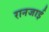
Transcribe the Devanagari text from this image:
रानजाई